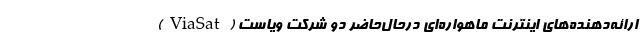
ارائه‌دهنده‌های اینترنت ماهواره‌ای درحال‌حاضر دو شرکت ویاست (ViaSat)